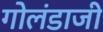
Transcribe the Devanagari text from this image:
गोलंडाजी